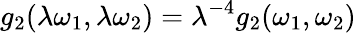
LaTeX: g_{2}(\lambda\omega_{1},\lambda\omega_{2})=\lambda^{-4}g_{2}(\omega_{1},\omega_{2})